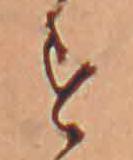
す